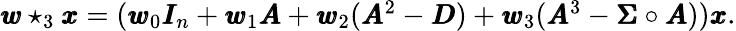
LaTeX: \begin{array}{r}{\pmb{w}\star_{3}\pmb{x}=(\pmb{w}_{0}\pmb{I}_{n}+\pmb{w}_{1}\pmb{A}+\pmb{w}_{2}(\pmb{A}^{2}-\pmb{D})+\pmb{w}_{3}(\pmb{A}^{3}-\pmb{\Sigma}\circ\pmb{A}))\pmb{x}.}\end{array}